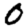
Digit: 0